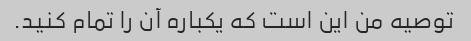
توصیه من این است که یکباره آن را تمام کنید.